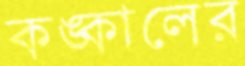
কঙ্কালের